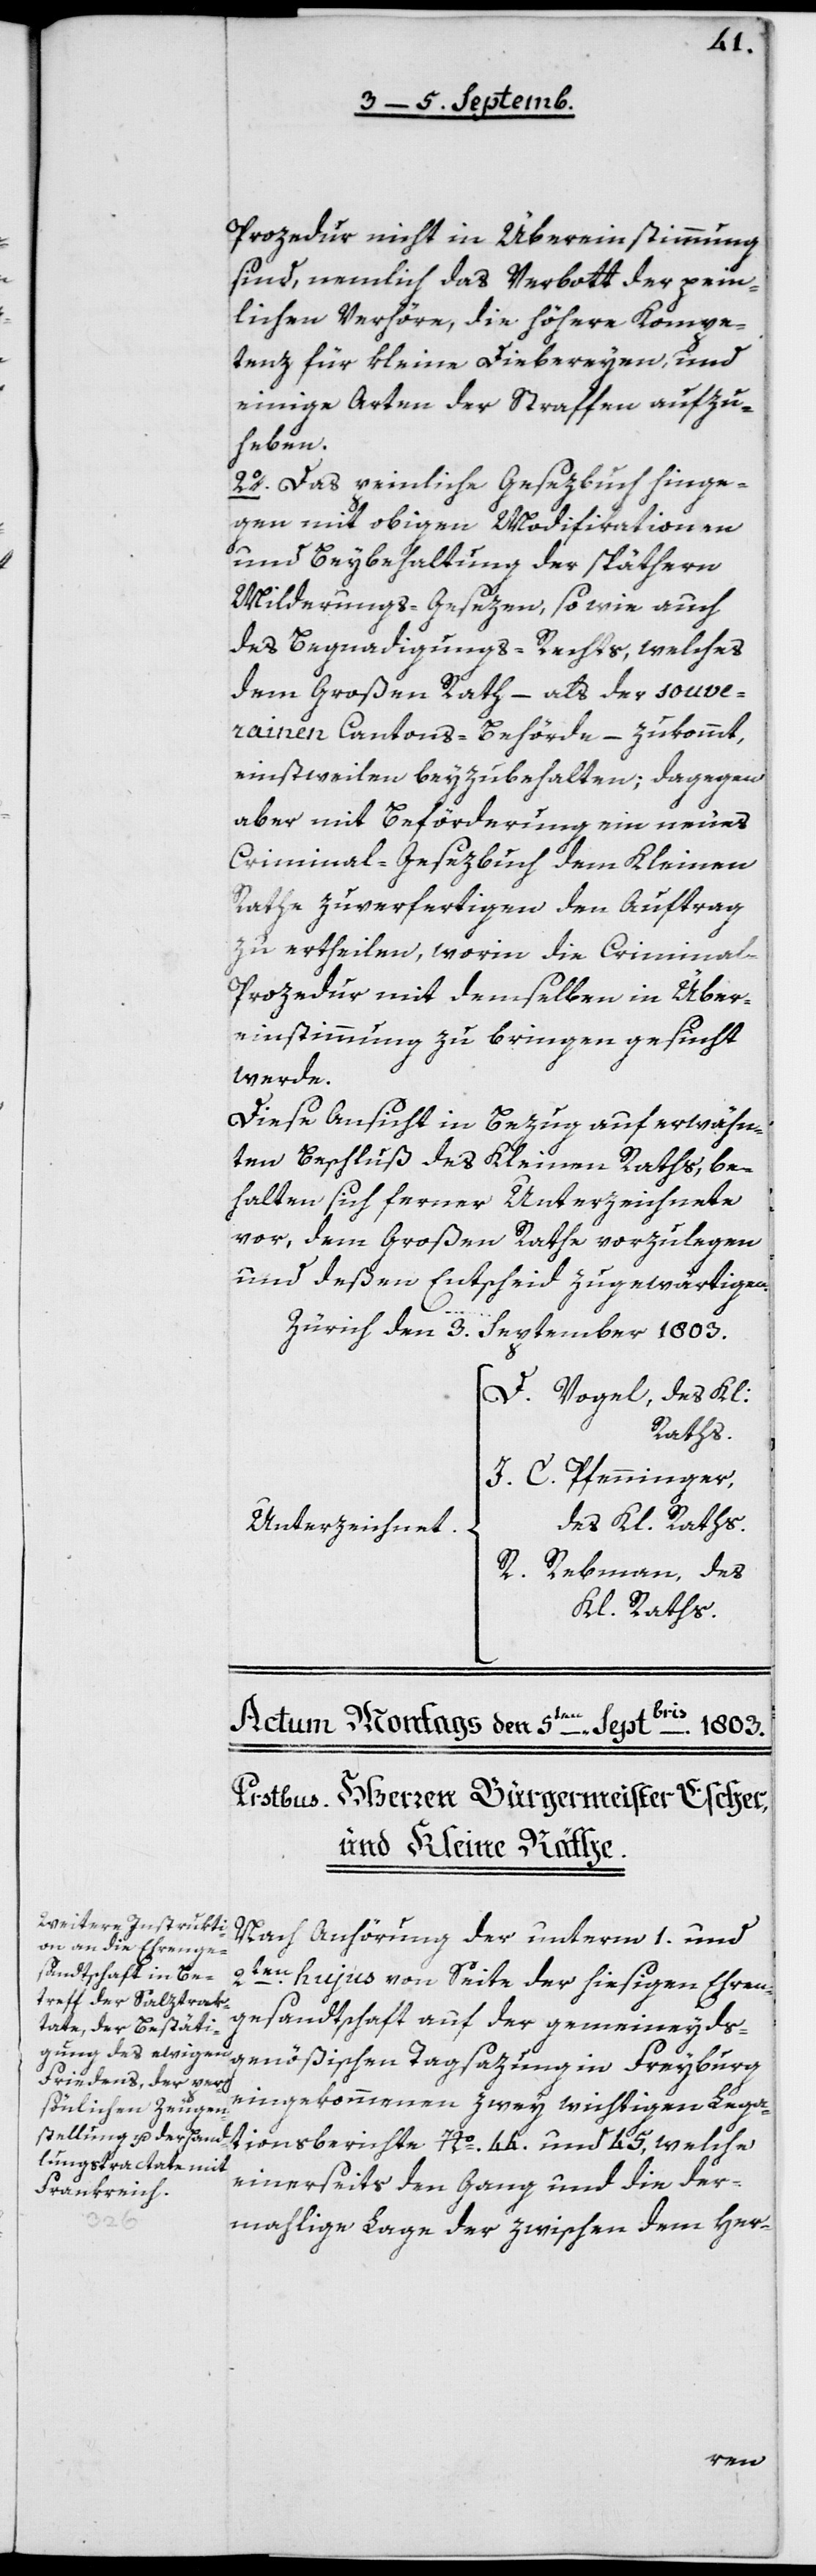
Prozedur nicht in Übereinstimmung
sind, nemlich das Verbott der pein¬
lichen Verhöre, die höhere Kompe¬
tenz für kleine Diebereyen und
einige Arten der Strafen aufzu¬
heben.
2o Das peinliche Gesezbuch hinge¬
gen mit obigen Modifikationen
und Beybehaltung der späthern
Milderungs-Gesezen sowie auch
des Begnadigungs-Rechts, welches
dem Großen Rath, – als der souve¬
rainen Cantons-Behörde, – zukommt,
einstweilen beyzubehalten; dagegen
aber mit Beförderung ein neues
Criminal-Gesezbuch dem Kleinen
Rathe zu verfertigen den Auftrag
zu ertheilen, worin die Criminal-P¬
rozedur mit demselben in Über¬
einstimmung zu bringen gesucht
werde.
Diese Ansicht in Bezug auf erwähn¬
ten Beschluß des Kleinen Raths, be¬
halten sich ferner Unterzeichnete
vor, dem Großen Rathe vorzulegen
und deßen Entscheid zu gewärtigen.
Zürich den 3. September 1803.
D. Vogel, des Kl.
Raths.
J. C. Pfenninger,
des Kl. Raths.
Unterzeichnet
R. Rebmann, des
Kl. Raths.
Nach Anhörung der unterm 1. und
2ten hujus von Seite der hiesigen Ehren¬
gesandtschaft auf der gemeineyds¬
genößischen Tagsazung in Freyburg
eingekommene zwey wichtigen Lega¬
tionsberichte No 44 und 45, welche
einerseits den Gang und die der¬
mahlige Lage der zwischen dem Her-